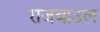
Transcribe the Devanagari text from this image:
राजबाउल